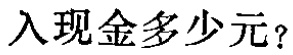
入现金多少元？